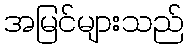
အမြင်များသည်